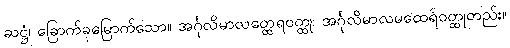
ဆဋ္ဌံ၊ ခြောက်ခုမြောက်သော။ အင်္ဂုလိမာလတ္ထေရဝတ္ထု၊ အင်္ဂုလိမာလမထေရ်ဝတ္ထုတည်း။